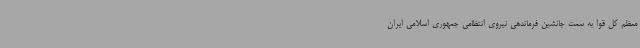
معظم کل قوا به سمت جانشین فرماندهی نیروی انتظامی جمهوری اسلامی ایران